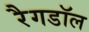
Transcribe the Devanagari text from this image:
रैगडॉल